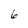
Character: 6